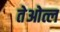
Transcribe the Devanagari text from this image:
तेओत्ल